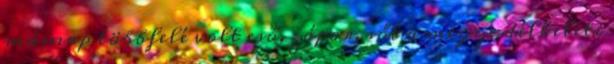
másnap többfelé volt eső, zápor, sőt a megye délkeleti